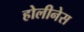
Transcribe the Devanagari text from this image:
होलीनेस